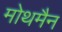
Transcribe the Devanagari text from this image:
मोथमैन